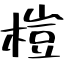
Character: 榿